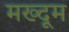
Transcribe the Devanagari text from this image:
मख्दूम